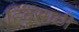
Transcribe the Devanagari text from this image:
हिंदूसाठी